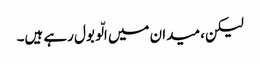
لیکن، میدان میں الّو بول رہے ہیں۔